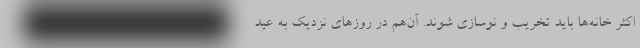
اكثر خانه‌ها بايد تخريب و نوسازي شوند. آن‌هم در روزهاي نزديك به عيد